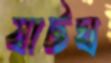
ষাটঘ